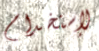
لإستخدام